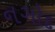
નગોદ